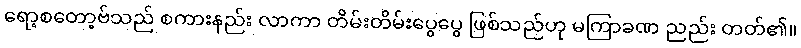
ရော့စတော့ဗ်သည် စကားနည်း လာကာ တိမ်းတိမ်းပွေပွေ ဖြစ်သည်ဟု မကြာခဏ ညည်း တတ်၏။